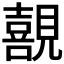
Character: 𭌊